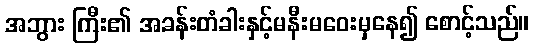
အဘွား ကြီး၏ အခန်းတံခါးနှင့်မနီးမဝေးမှနေ၍ စောင့်သည်။